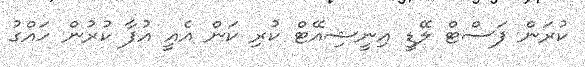
ކުރަން ފަސްޓް ލޭޑީ އިނީޝިއޭޓް ކުރި ކަން އެއީ އުފާ ކުރުން ހައްގު